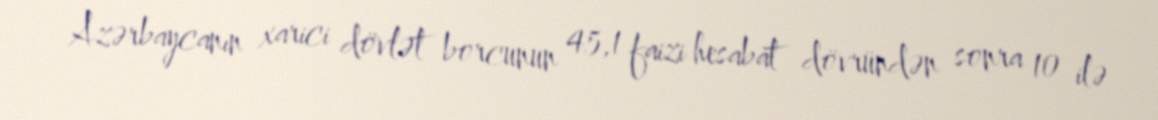
Azərbaycanın xarici dövlət borcunun 45,1 faizi hesabat dövründən sonra 10 ilə